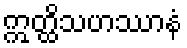
ဣတ္ထိသဟဿာနံ